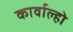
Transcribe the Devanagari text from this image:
कार्वाल्हो